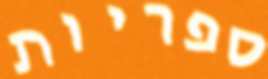
ספריות